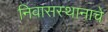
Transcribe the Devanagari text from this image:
निवासस्थानाचे